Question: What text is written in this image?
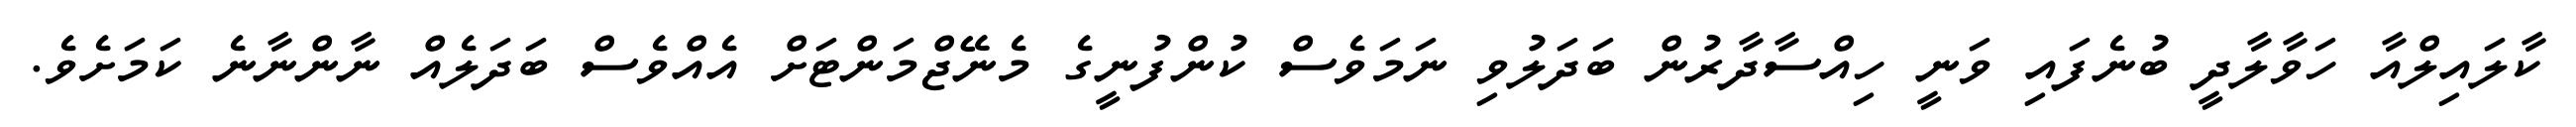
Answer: ކާލައިލްއާ ހަވާލާދީ ބުނެފައި ވަނީ ހިއްސާދާރުން ބަދަލުވި ނަމަވެސް ކުންފުނީގެ މެނޭޖްމަންޓަށް އެއްވެސް ބަދަލެއް ނާންނާނެ ކަމަށެވެ.